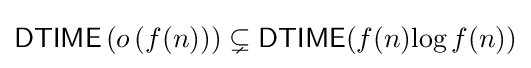
{\mathsf {DTIME}}\left(o\left(f(n)\right)\right)\subsetneq {\mathsf {DTIME}}(f(n){\log f(n)})